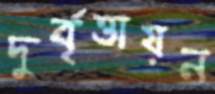
দুর্বৃত্তায়ন